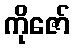
ကိုဇော်